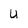
Character: u